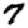
Digit: 7